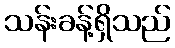
သန်းခန့်ရှိသည်